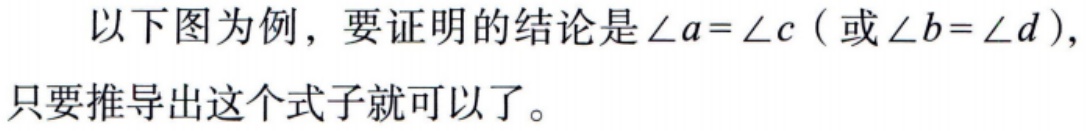
以下图为例，要证明的结论是\(\angle a = \angle c\)（或\(\angle b = \angle d\)），只要推导出这个式子就可以了。